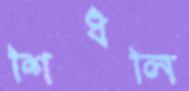
শিধলি